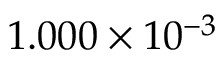
1 . 0 0 0 \times 1 0 ^ { - 3 }